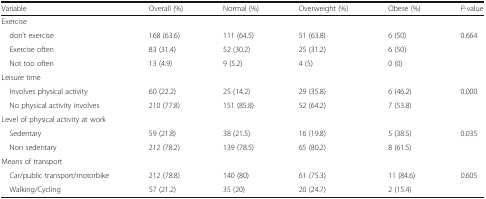
| Variable | Overall (%) | Normal (%) | Overweight (%) | Obese (%) | P-value |
 | --- | --- | --- | --- | --- | --- |
 | <COLSPAN=6> Exercise |
 | don’t exercise | 168 (63.6) | 111 (64.5) | 51 (63.8) | 6 (50) | <ROWSPAN=3> 0.664 |
 | Exercise often | 83 (31.4) | 52 (30.2) | 25 (31.2) | 6 (50) |
 | Not too often | 13 (4.9) | 9 (5.2) | 4 (5) | 0 (0) |
 | <COLSPAN=6> Leisure time |
 | Involves physical activity | 60 (22.2) | 25 (14.2) | 29 (35.8) | 6 (46.2) | <ROWSPAN=2> 0.000 |
 | No physical activity involves | 210 (77.8) | 151 (85.8) | 52 (64.2) | 7 (53.8) |
 | <COLSPAN=6> Level of physical activity at work |
 | Sedentary | 59 (21.8) | 38 (21.5) | 16 (19.8) | 5 (38.5) | <ROWSPAN=2> 0.035 |
 | Non sedentary | 212 (78.2) | 139 (78.5) | 65 (80.2) | 8 (61.5) |
 | <COLSPAN=6> Means of transport |
 | Car/public transport/motorbike | 212 (78.8) | 140 (80) | 61 (75.3) | 11 (84.6) | <ROWSPAN=2> 0.605 |
 | Walking/Cycling | 57 (21.2) | 35 (20) | 20 (24.7) | 2 (15.4) |